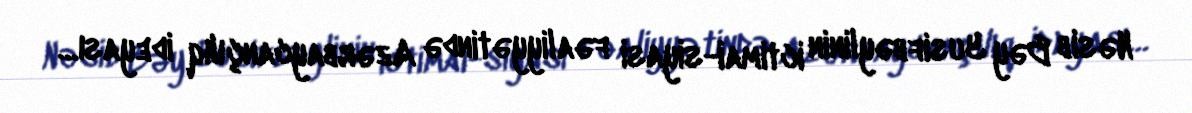
Nəsib Bəy Yusifbəylinin ictimai-siyasi fəaliyyətində Azərbaycançılıq ideyası…